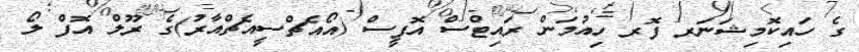
ގެ ހައިކޮމިޝަނަރ ފޮރ ހިއުމަން ރައިޓްސް އޮފީސް (އޯއެޗްސީއެޗްއާރު)ގެ ރޫލް އޮފް ލޯ